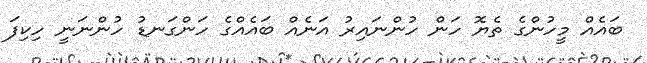
ބައެއް މީހުންގެ ތެޔޮ ހަން ހުންނައިރު އަނެއް ބައެއްގެ ހަންގަނޑު ހުންނަނީ ހިކިފަ